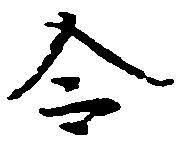
令